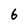
Character: 6